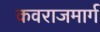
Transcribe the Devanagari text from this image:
कवराजमार्ग